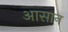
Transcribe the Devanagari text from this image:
अासान